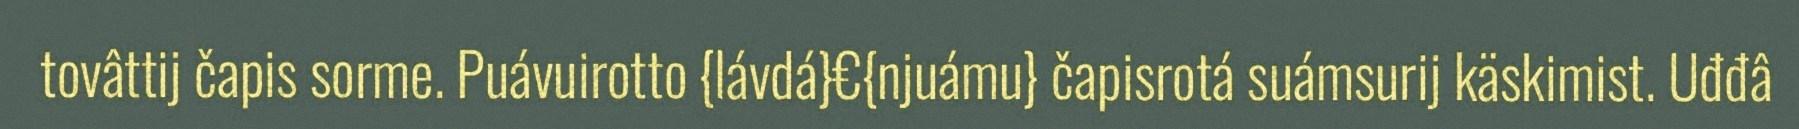
tovâttij čapis sorme. Puávuirotto {lávdá}€{njuámu} čapisrotá suámsurij käskimist. Uđđâ